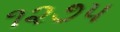
૧૨૭૫